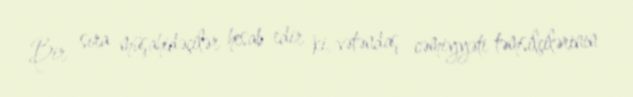
Bir sıra müşahidəçilər hesab edir ki, vətəndaş cəmiyyəti təmsilçilərinin